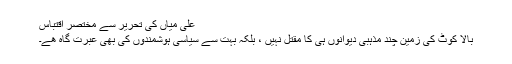
علی میاں کی تحریر سے مختصر اقتباس
بالا کوٹ کی زمین چند مذہبی دیوانوں ہی کا مقتل نہیں ، بلکہ بہت سے سیاسی ہوشمندوں کی بھی عبرت گاہ ھے۔